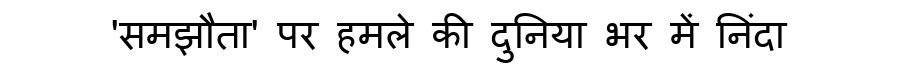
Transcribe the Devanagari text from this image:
'समझौता' पर हमले की दुनिया भर में निंदा